Vaccination in Bombay 1924-1928 - 1924-1928
Year: 1924
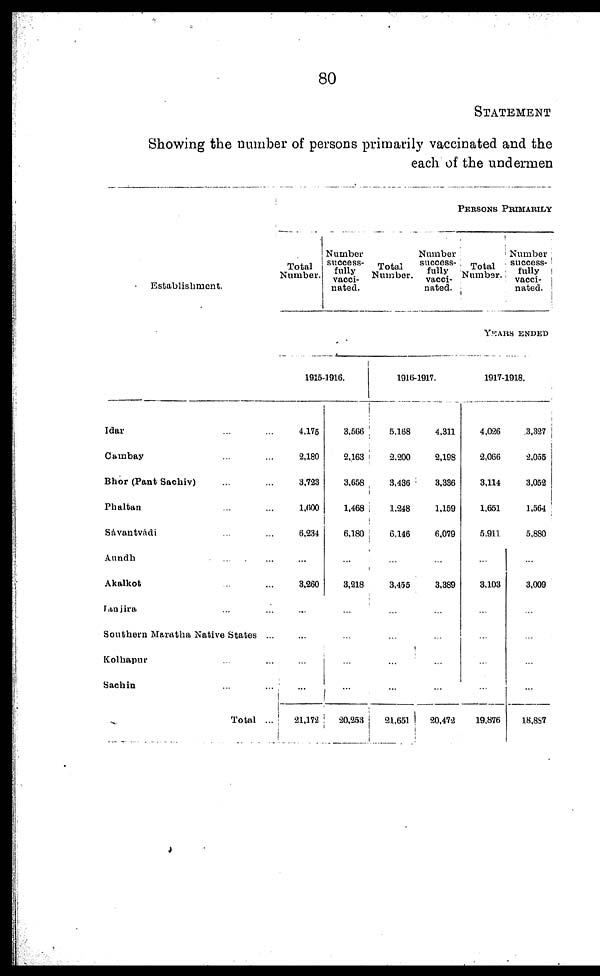
80
STATEMENT
Showing the number of persons primarily vaccinated and the
each of the undermen
Establishment.
Idar ... ...
Cambay ...
Bhor (Pant Sachiv) ... ...
Phaltan ... ...
Sávantvádi ... ...
Aundh ... ...
Akalkot ... ...
Janjira ... ...
Southern Maratha Native States ...
Kolhapur ... ...
Sachin ... ...
Total ...
PERSONS PRIMARILY
Total
Number.
Number
success-
fully
vacci-
nated.
Total
Number.
Number
success-
fully
vacci-
nated.
Total
Number.
Number
success¬
fully
vacci¬
nated.
YEARS ENDED
1915-1916.
4,175
2,180
3,723
1,600
6,234
...
3,260
...
...
...
...
21,172
3,566
2,163
3,658
1,468
6,180
...
3,218
...
...
...
...
20,263
1916-1917.
5,168
2,200
3,436
1,248
6,146
...
3,455
...
...
...
...
21,651
4,311
2,198
3,336
1,159
6,079
...
3,389
...
...
...
...
20,472
1917-1918.
4,026
2,066
3,114
1,651
5,911
...
3,103
...
...
...
...
19,876
3,327
2,055
3,052
1,564
5,880
...
3,009
...
...
...
...
18,887